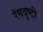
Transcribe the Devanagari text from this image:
रंगदृष्टी